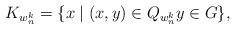
LaTeX: \begin{align*}K_{w^k_n}=\{x\mid (x,y)\in Q_{w^k_n} y\in G\},\end{align*}